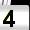
Digit: 4